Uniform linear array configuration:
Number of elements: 4
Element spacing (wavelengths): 0.75
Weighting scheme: kaiser
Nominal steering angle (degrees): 30
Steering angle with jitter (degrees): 31.355
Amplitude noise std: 0.05
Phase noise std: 0.05

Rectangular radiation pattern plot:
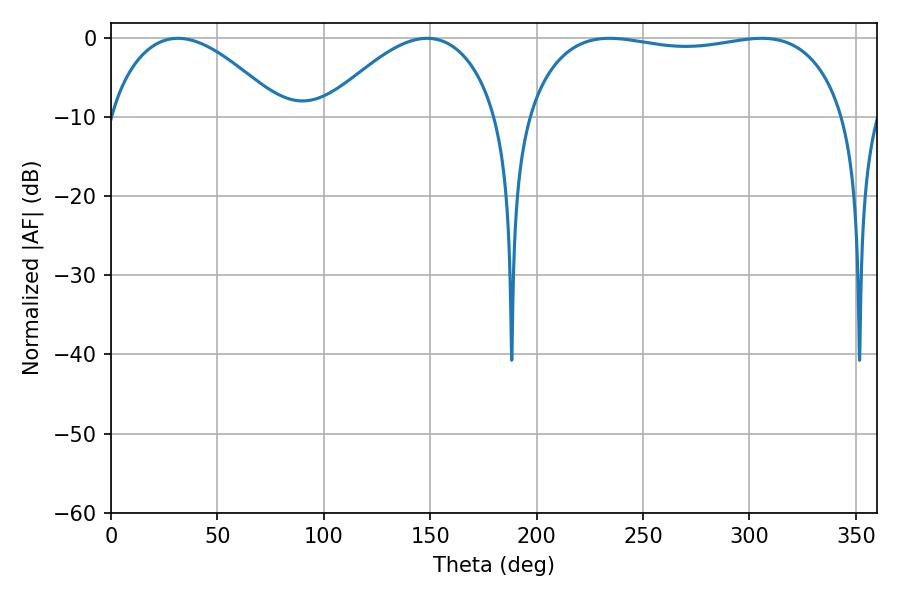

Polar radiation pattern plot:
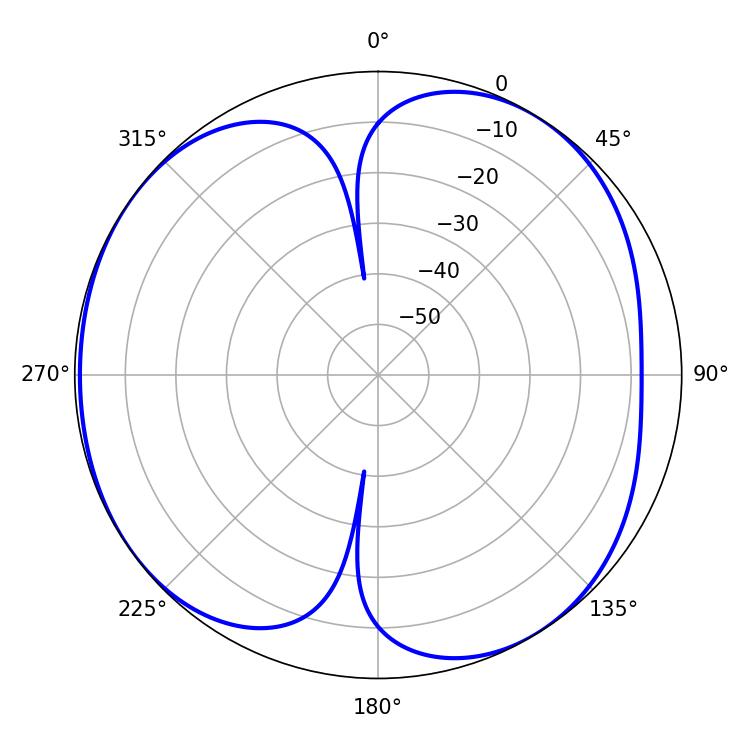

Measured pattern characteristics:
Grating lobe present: TRUE
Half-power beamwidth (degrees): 120.6
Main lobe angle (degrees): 234.18